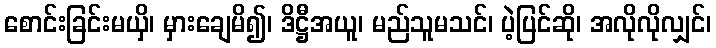
စောင်းခြင်းမယှိ၊ မှားချေမိ၍၊ ဒိဋ္ဌီအယူ၊ မည်သူမသင်၊ ပဲ့ပြင်ဆို၊ အလိုလိုလျှင်၊